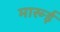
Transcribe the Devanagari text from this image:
मारूई